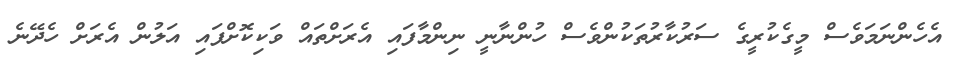
އެހެންނަމަވެސް މީގެކުރީގެ ސަރުކާރުތަކުންވެސް ހުންނާނީ ނިންމާފައި އެރަށްތައް ވަކިކޮށްފައި އަލުން އެރަށް ހެދޭނެ